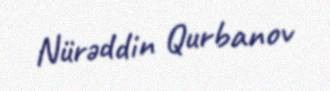
Nürəddin Qurbanov